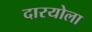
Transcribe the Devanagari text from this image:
दारयोला